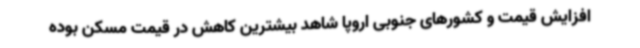
افزایش قیمت و کشورهای جنوبی اروپا شاهد بیشترین کاهش در قیمت مسکن بوده